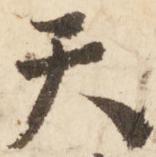
天